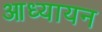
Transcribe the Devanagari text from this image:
आध्यायन